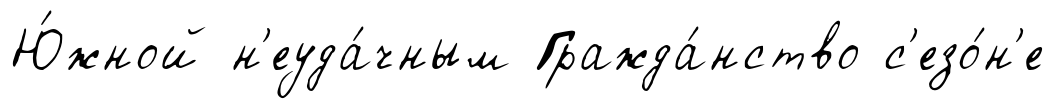
Ю́жной н'еуда́чным Гражда́нство с'езо́н'е